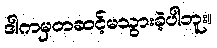
ဒါကမှတဆင့်မသွားခဲ့ပါဘူး။